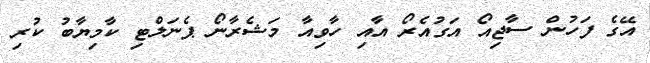
އޭގެ ފަހުން ސާޖިއޯ އަގުއެރޯ އާއި ހާވިއާ މަޝެރާނޯ ޕެނަލްޓި ކާމިޔާބު ކުރި